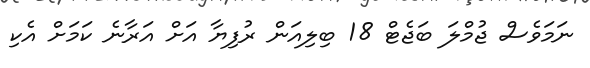
ނަމަވެސް ޖުމްލަ ބަޖެޓް 18 ބިލިއަން ރުފިޔާ އަށް އަރާނެ ކަމަށް އެކި